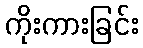
ကိုးကားခြင်း